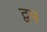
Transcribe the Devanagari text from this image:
द्वप